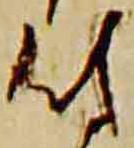
付